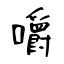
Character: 嚼